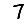
Digit: 7